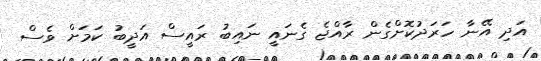
އަދި އޭނާ ހަރަދުކޮށްގެން ރާއްޖެ ގެނައީ ނައިބު ރައީސް އަދީބު ކަމަށް ވެސް